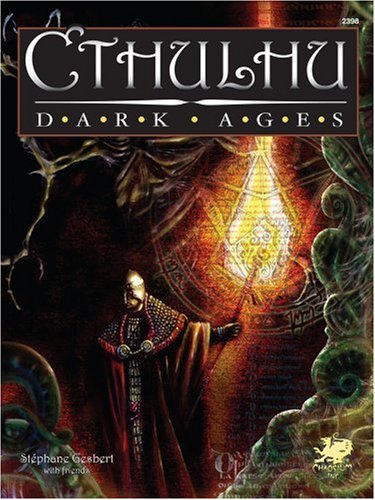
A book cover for Cthulhu Dark Ages (Call of Cthulhu Horror Roleplaying, Chaosium #2398); Stephane Gesbert; Science Fiction & Fantasy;